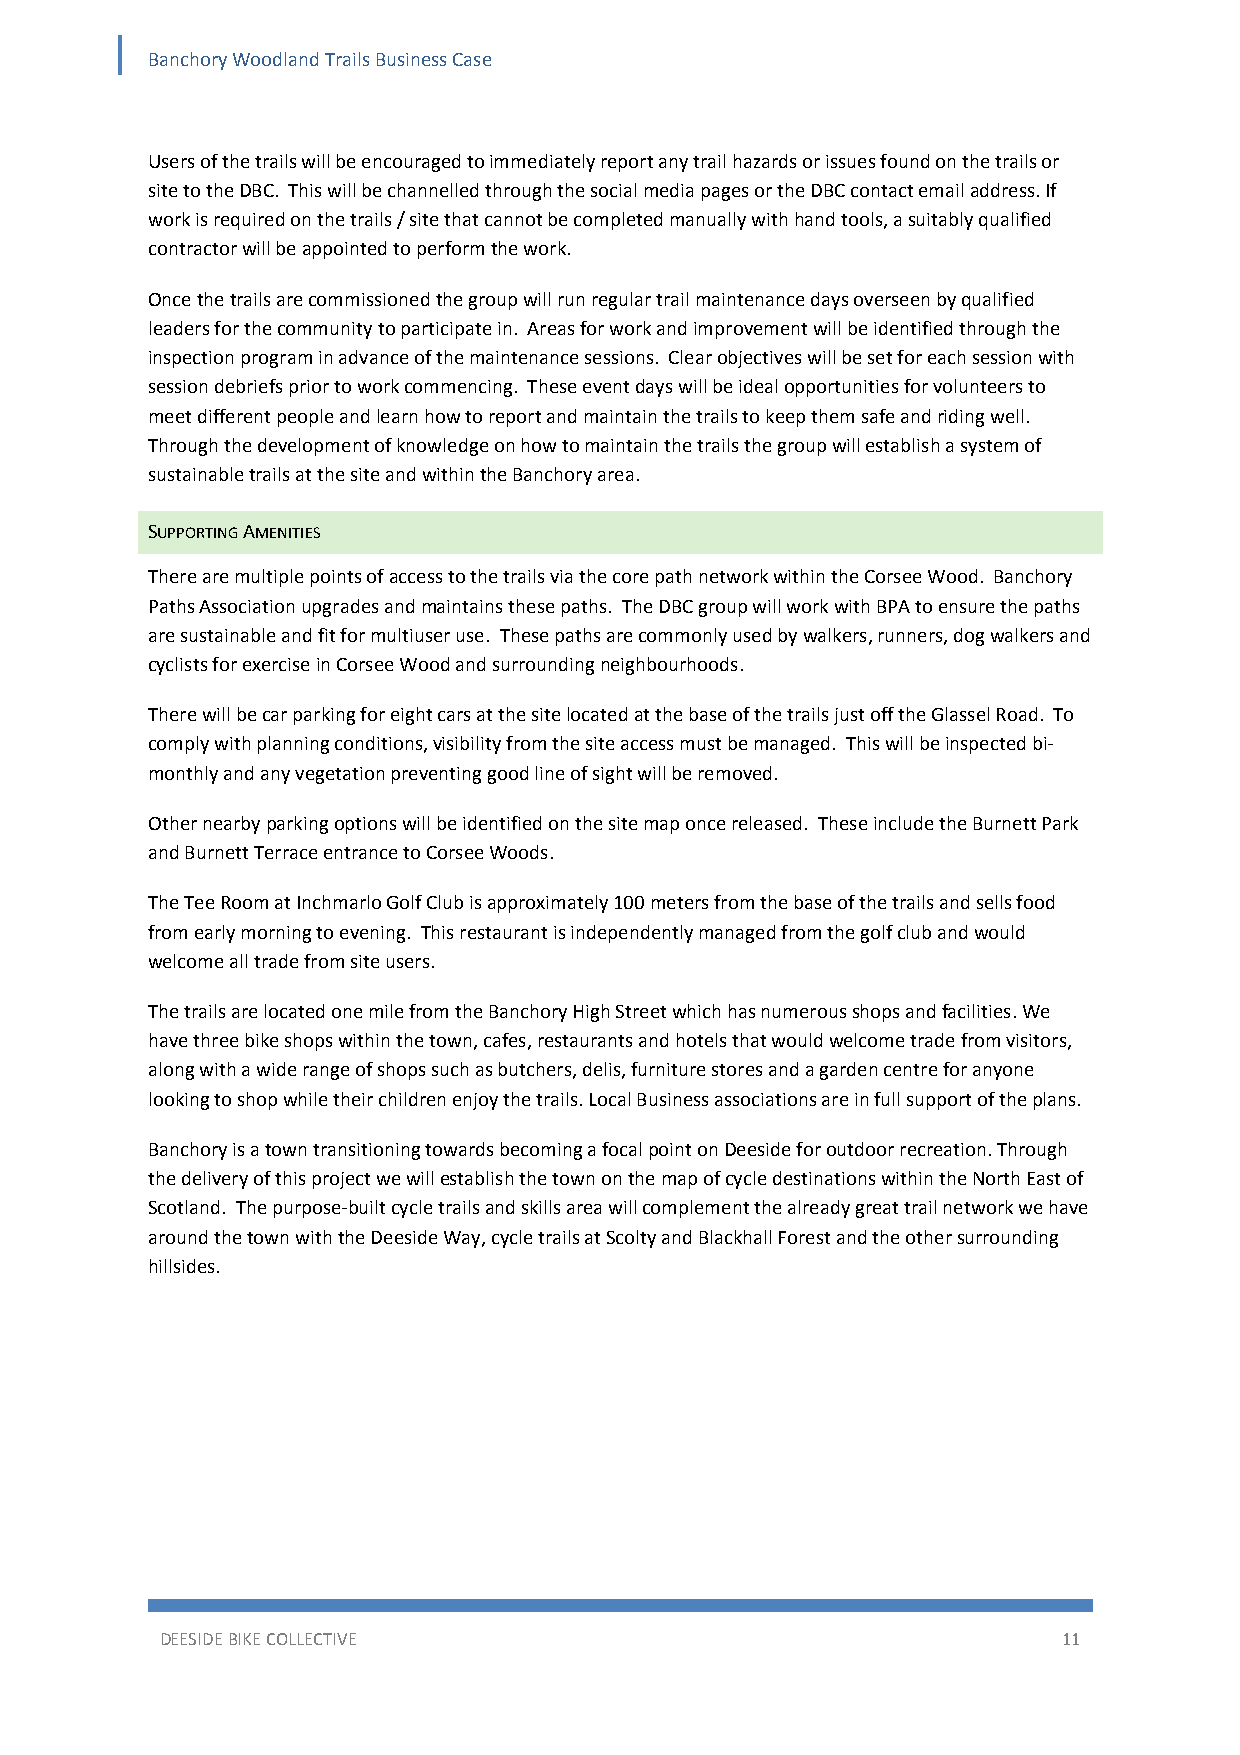
Banchory Woodland Trails Business Case
 Users of the trails will be encouraged to immediately report any trail hazards or issues found on the trails or
 site to the DBC. This will be channelled through the social media pages or the DBC contact email address. If
 work is required on the trails / site that cannot be completed manually with hand tools, a suitably qualified
 contractor will be appointed to perform the work.
 Once the trails are commissioned the group will run regular trail maintenance days overseen by qualified
 leaders for the community to participate in. Areas for work and improvement will be identified through the
 inspection program in advance of the maintenance sessions. Clear objectives will be set for each session with
 session debriefs prior to work commencing. These event days will be ideal opportunities for volunteers to
 meet different people and learn how to report and maintain the trails to keep them safe and riding well.
 Through the development of knowledge on how to maintain the trails the group will establish a system of
 sustainable trails at the site and within the Banchory area.
 SUPPORTING AMENITIES
 There are multiple points of access to the trails via the core path network within the Corsee Wood. Banchory
 Paths Association upgrades and maintains these paths. The DBC group will work with BPA to ensure the paths
 are sustainable and fit for multiuser use. These paths are commonly used by walkers, runners, dog walkers and
 cyclists for exercise in Corsee Wood and surrounding neighbourhoods.
 There will be car parking for eight cars at the site located at the base of the trails just off the Glassel Road. To
 comply with planning conditions, visibility from the site access must be managed. This will be inspected bi‐
 monthly and any vegetation preventing good line of sight will be removed.
 Other nearby parking options will be identified on the site map once released. These include the Burnett Park
 and Burnett Terrace entrance to Corsee Woods.
 The Tee Room at Inchmarlo Golf Club is approximately 100 meters from the base of the trails and sells food
 from early morning to evening. This restaurant is independently managed from the golf club and would
 welcome all trade from site users.
 The trails are located one mile from the Banchory High Street which has numerous shops and facilities. We
 have three bike shops within the town, cafes, restaurants and hotels that would welcome trade from visitors,
 along with a wide range of shops such as butchers, delis, furniture stores and a garden centre for anyone
 looking to shop while their children enjoy the trails. Local Business associations are in full support of the plans.
 Banchory is a town transitioning towards becoming a focal point on Deeside for outdoor recreation. Through
 the delivery of this project we will establish the town on the map of cycle destinations within the North East of
 Scotland. The purpose‐built cycle trails and skills area will complement the already great trail network we have
 around the town with the Deeside Way, cycle trails at Scolty and Blackhall Forest and the other surrounding
 hillsides.
 DEESIDE BIKE COLLECTIVE                                    11